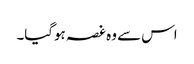
اس سے وہ غصہ ہوگیا۔